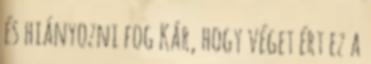
és hiányozni fog Kár, hogy véget ért ez a